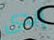
إيدى